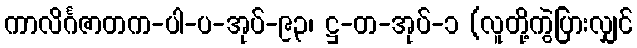
ကာလိင်္ဂဇာတက-ပါ-ပ-အုပ်-၉၃၊ ဋ္ဌ-တ-အုပ်-၁ (လူတို့ကွဲပြားလျှင်